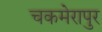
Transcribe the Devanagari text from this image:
चकमेरापुर